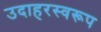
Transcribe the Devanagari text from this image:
उदाहरस्वरूप